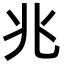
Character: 兆